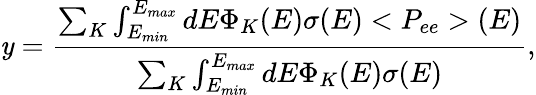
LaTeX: \mathit{y}=\frac{{\sum_{K}\int_{E_{min}}^{E_{max}}dE\Phi_{K}(E)\sigma(E)<P_{ee}>(E)}}{{\sum_{K}\int_{E_{min}}^{E_{max}}dE\Phi_{K}(E)\sigma(E)}},